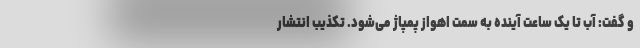
و گفت: آب تا یک ساعت آینده به سمت اهواز پمپاژ می‌شود. تکذیب انتشار